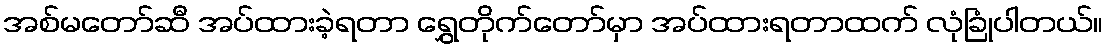
အစ်မတော်ဆီ အပ်ထားခဲ့ရတာ ရွှေတိုက်တော်မှာ အပ်ထားရတာထက် လုံခြုံပါတယ်။